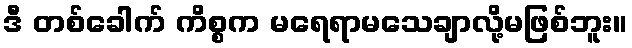
ဒီ တစ်ခေါက် ကိစ္စက မရေရာမသေချာလို့မဖြစ်ဘူး။